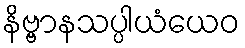
နိဗ္ဗာနသပ္ပါယံယေဝ